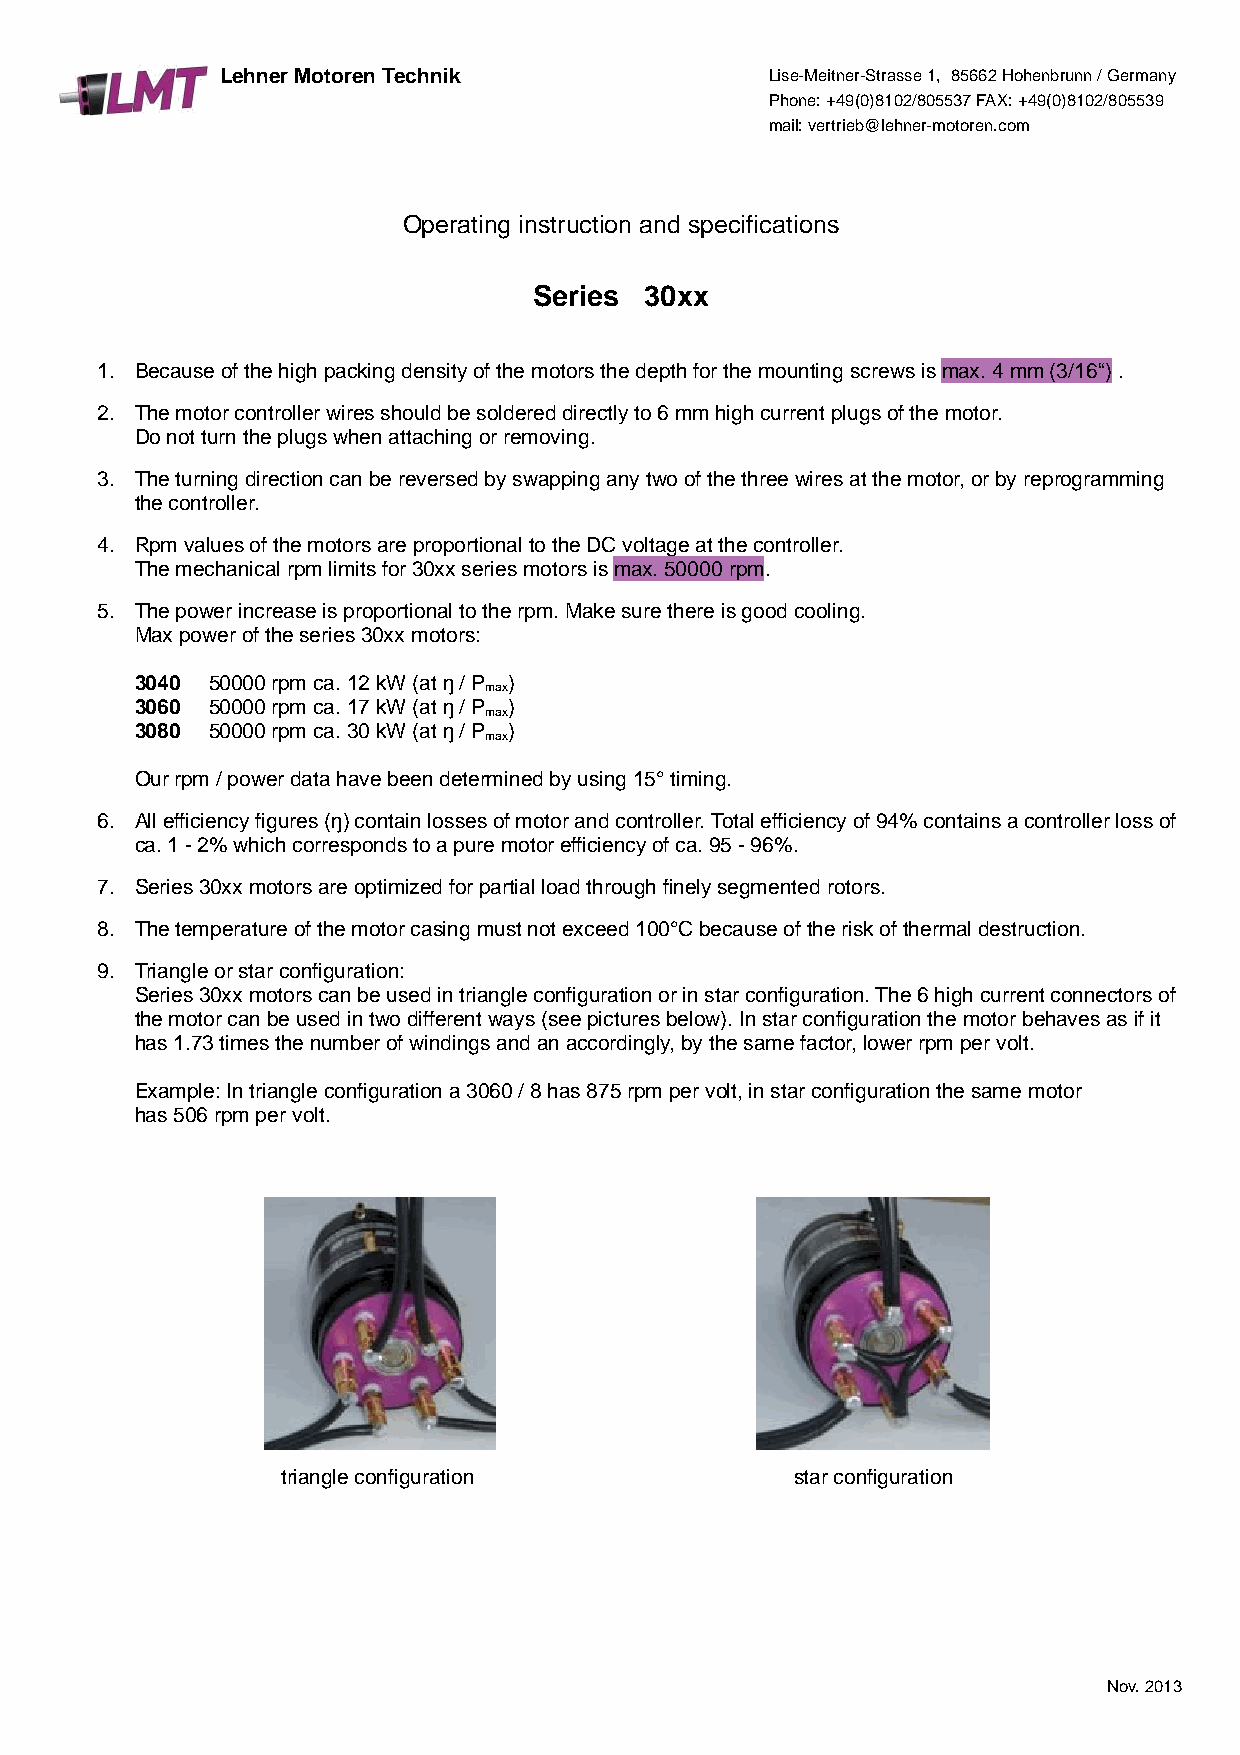
Lehner Motoren Technik              Lise-Meitner-Strasse 1, 85662 Hohenbrunn / Germany
 Phone: +49(0)8102/805537 FAX: +49(0)8102/805539
 mail: vertrieb@lehner-motoren.com
 Operating instruction and specifications
 Series  30xx
 1. Because of the high packing density of the motors the depth for the mounting screws is max. 4 mm (3/16“) .
 2. The motor controller wires should be soldered directly to 6 mm high current plugs of the motor.
 Do not turn the plugs when attaching or removing.
 3. The turning direction can be reversed by swapping any two of the three wires at the motor, or by reprogramming
 the controller.
 4. Rpm values of the motors are proportional to the DC voltage at the controller.
 The mechanical rpm limits for 30xx series motors is max. 50000 rpm.
 5. The power increase is proportional to the rpm. Make sure there is good cooling.
 Max power of the series 30xx motors:
 3040 50000 rpm ca. 12 kW (at ŋ / P )
 max
 3060 50000 rpm ca. 17 kW (at ŋ / P )
 max
 3080 50000 rpm ca. 30 kW (at ŋ / P )
 max
 Our rpm / power data have been determined by using 15° timing.
 6. All efficiency figures (ŋ) contain losses of motor and controller. Total efficiency of 94% contains a controller loss of
 ca. 1 - 2% which corresponds to a pure motor efficiency of ca. 95 - 96%.
 7. Series 30xx motors are optimized for partial load through finely segmented rotors.
 8. The temperature of the motor casing must not exceed 100°C because of the risk of thermal destruction.
 9. Triangle or star configuration:
 Series 30xx motors can be used in triangle configuration or in star configuration. The 6 high current connectors of
 the motor can be used in two different ways (see pictures below). In star configuration the motor behaves as if it
 has 1.73 times the number of windings and an accordingly, by the same factor, lower rpm per volt.
 Example: In triangle configuration a 3060 / 8 has 875 rpm per volt, in star configuration the same motor
 has 506 rpm per volt.
 triangle configuration            star configuration
 Nov. 2013